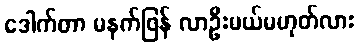
ဒေါက်တာ မနက်ဖြန် လာဦးမယ်မဟုတ်လား